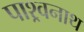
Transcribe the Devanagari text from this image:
पाश्र्वनाथ